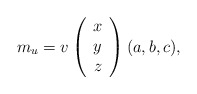
\begin{align*}m_u = v \left( \begin{array}{c} x \\ y \\ z \end{array} \right) (a,b,c),\end{align*}